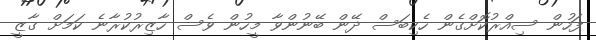
ފަހުން ސިއްރުކޮށްގެން ހެކިބަސް ދޭން ބޭނުންވާ މީހުން ވެސް ހާޒިރުކުރާނެ ކަމަށް ގާޒީ